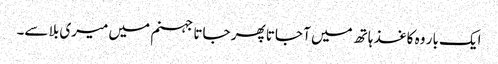
ایک بار وہ کاغذ ہاتھ میں آ جاتا پھر جاتا جہنم میں میری بلا سے۔